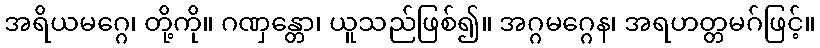
အရိယမဂ္ဂေ၊ တို့ကို။ ဂဏှန္တော၊ ယူသည်ဖြစ်၍။ အဂ္ဂမဂ္ဂေန၊ အရဟတ္တမဂ်ဖြင့်။